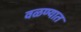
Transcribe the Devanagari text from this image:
वळण्यात